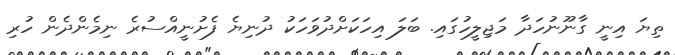
ތިޔަ އިނީ ގާނޫނުހަދާ މަޖިލީހުގައި. ބަލަ އިހަކަށްދުވަހަކު ދުނިޔެ ފެށުނީއްސުރެ ނިމެންދެން ހުރި